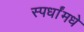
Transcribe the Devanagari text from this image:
स्पर्धांमधे